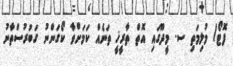
ފޮޓޯ/ މުލިމަތި ސ. މީދޫގައި އޮތް ތާރީޚީ ތަނެއް ކަމަށްވާ ކޯގަންނު ގަބުރުސްތާނު